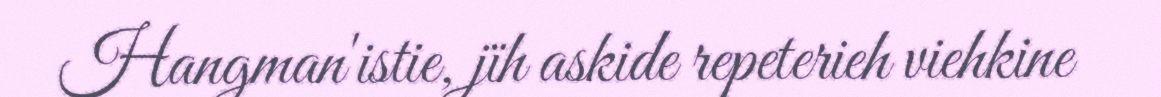
Hangman'istie, jïh askide repeterieh viehkine